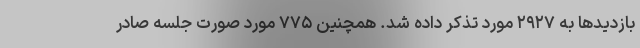
بازدیدها به ۲۹۲۷ مورد تذکر داده شد. همچنین ۷۷۵ مورد صورت جلسه صادر